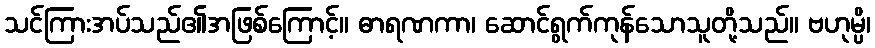
သင်ကြားအပ်သည်၏အဖြစ်ကြောင့်။ ဓာရဏကာ၊ ဆောင်ရွက်ကုန်သောသူတို့သည်။ ဗဟုမ္ပိ၊